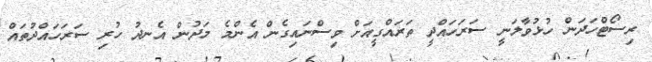
ރިސޯޓްހަދަން ހުޅުވާލަނީ ސަރަހައްދީ ތަރައްގީއަށް ވިސްނައިގެން އެންމެ މަދުން އެނދު ހުރި ސަރަހައްދުތައް